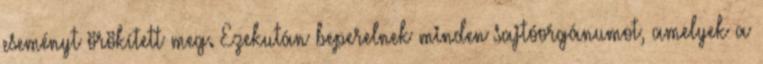
eseményt örökített meg. Ezekután beperelnek minden sajtóorgánumot, amelyek a